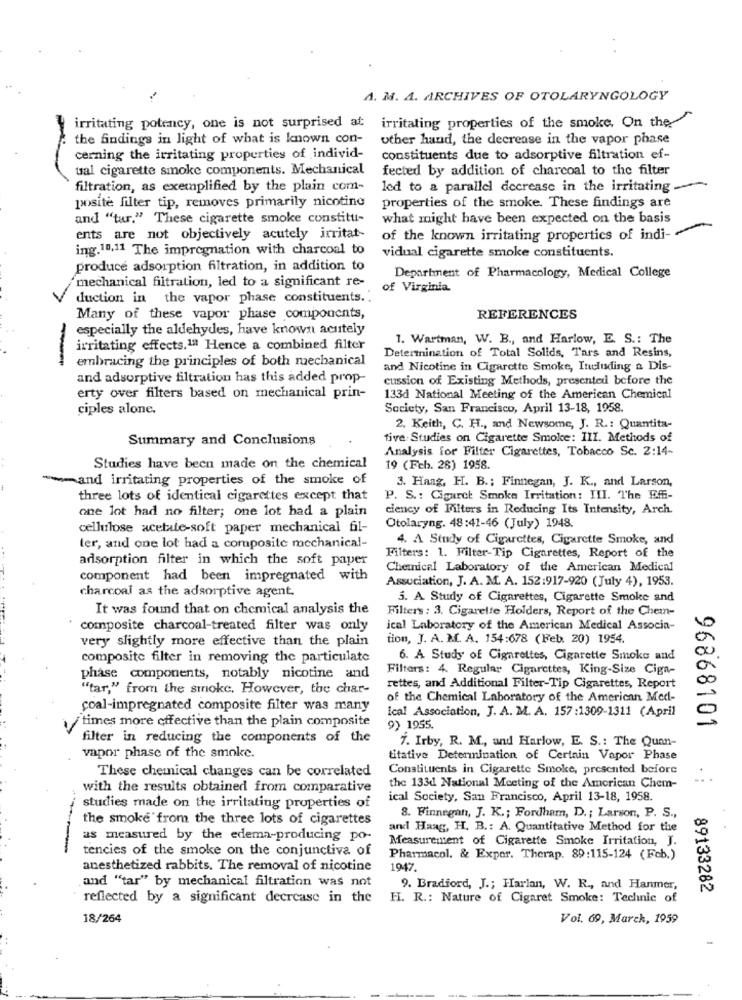
A. M. A. ARCHIVES OF OTOLARYNGOLOGY
irritating potency, one is not surprised at
irritating properties of the smoke. On the
the findings in light of what is known con-
other hand, the decrease in the vapor phase
cerning the irritating properties of individ-
constituents due to adsorptive filtration ef-
ual cigarette smoke components. Mechanical
fected by addition of charcoal to the filter
filtration, as exemplified by the plain com-
led to a parallel decrease in the irritating
posite filter tip, removes primarily nicotine
properties of the smoke. These findings are
and "tur." These cigarette smoke constitui-
what might have been expected on the basis
ents are not objectively acutely irritat-
of the known irritating properties of indi-
ing.10.11 The impregnation with charcoal to
vidual cigarette smoke constituents.
produce adsorption filtration, in addition to
mechanical filtration, led to a significant re-
Department of Pharmacology, Medical College
of Virginia.
duction in the vapor phase constituents ..
Many of these vapor phase components,
REFERENCES
especially the aldehydes, have known acutely
1. Wartman, W. B ., and Harlow, E. S .: The
irritating effects.1ª Hence a combined filter
Determination of Total Solids, Tars and Resins,
embracing the principles of both mechanical
and Nicotine in Cigarette Smoke, Including a Dis-
and adsorptive filtration has this added prop-
cussion of Existing Methods, presented before the
erty over filters based on mechanical prin-
133d National Meeting of the American Chemical
ciples alone.
Society, San Francisco, April 13-18, 1958.
2. Keith, C. H ., and Newsome, J. R .: Quantita-
Summary and Conclusions
tive-Studies on Cigarette Smoke: III. Methods of
Analysis for Filter Cigarettes, Tobacco Sc. 2:14-
Studies have been made on the chemical
19 (Fch. 26) 1958.
and irritating properties of the smoke of
3. Hang, H. B .; Finnegan, J. K ., and Larson,
three lots of identical cigarettes except that
P. S .: Cigaret Smoke Irritation: III. The Eff-
one lot had no filter; one lot had a plain
ciency of Filters in Reducing Its Intensity, Arch.
cellulose acetate-soft paper mechanical fil-
Otolaryngo8:41-46 (July) 1948.
4. A Study of Cigarettes, Cigarette Smoke, and
ler, and one lot had a composite mechanical-
adsorption filter in which the soft paper
Filters: 1. Filter-Tip Cigarettes, Report of the
Chemical Laboratory of the American Medical
component had been impregnated with
charcoal as the adsorptive agent.
Association, J. A. M. A. 152:917-920 (July 4), 1953.
5. A. Study of Cigarettes, Cigarette Smoke and
It was found that on chemical analysis the
Filters : 3. Cigarette Holders, Report of the Chem-
composite charcoal-treated filter was only
ical Laboratory of the American Medical Associa-
very slightly more effective than the plain
tion, J. A. M. A. 154:678 (Feb. 20) 1954.
composite filter in removing the particulate
6. A Study of Cigarettes, Cigarette Smoke and
Filters: 4. Regular Cigarettes, King-Size Ciga-
phase components, notably nicotine and
"tar," from the smoke. However, the char-
rettes, and Additional Filter-Tip Cigarettes, Report
of the Chemical Laboratory of the American Med-
coal-impregnated composite filter was many
Ical Association, J. A. M. A. 157:1309-1311 (April
times more effective than the plain composite
9) 1955.
96868101
filter in reducing the components of the
7. Irby, R. M ., and Harlow, E. S .: The Quan-
vapor phase of the smoke.
titative Determination of Certain Vapor Phase
These chemical changes can be correlated
Constituents in Cigarette Smoke, presented before
with the results obtained from comparative
the 133d National Meeting of the American Chem-
ical Society, San Francisco, April 13-18, 1958.
studies made on the irritating properties of
the smoke from the three lots of cigarettes
8. Finnegan, J. K .; Fordham, D .; Larson, P. S .,
and Haag, H. B .: A. Quantitative Method for the
as measured by the edema-producing po-
Measurement of Cigarette Smoke Irritation, J.
tencies of the smoke on the conjunctiva of
Pharmacol. & Exper. Therap. 89:115-124 (Feb.)
anesthetized rabbits. The removal of nicotine
1947.
and "tar" by mechanical filtration was not
9. Bradford, J .; Harlan, W. R ., and Hanmer,
89133282
reflected by a significant decrease in the
H. R .: Nature of Cigaret Smoke: Technic of
18/264
Vol. 69, March, 1959